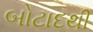
બોટાદથી